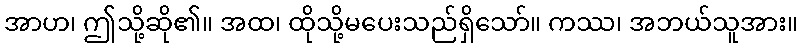
အာဟ၊ ဤသို့ဆို၏။ အထ၊ ထိုသို့မပေးသည်ရှိသော်။ ကဿ၊ အဘယ်သူအား။